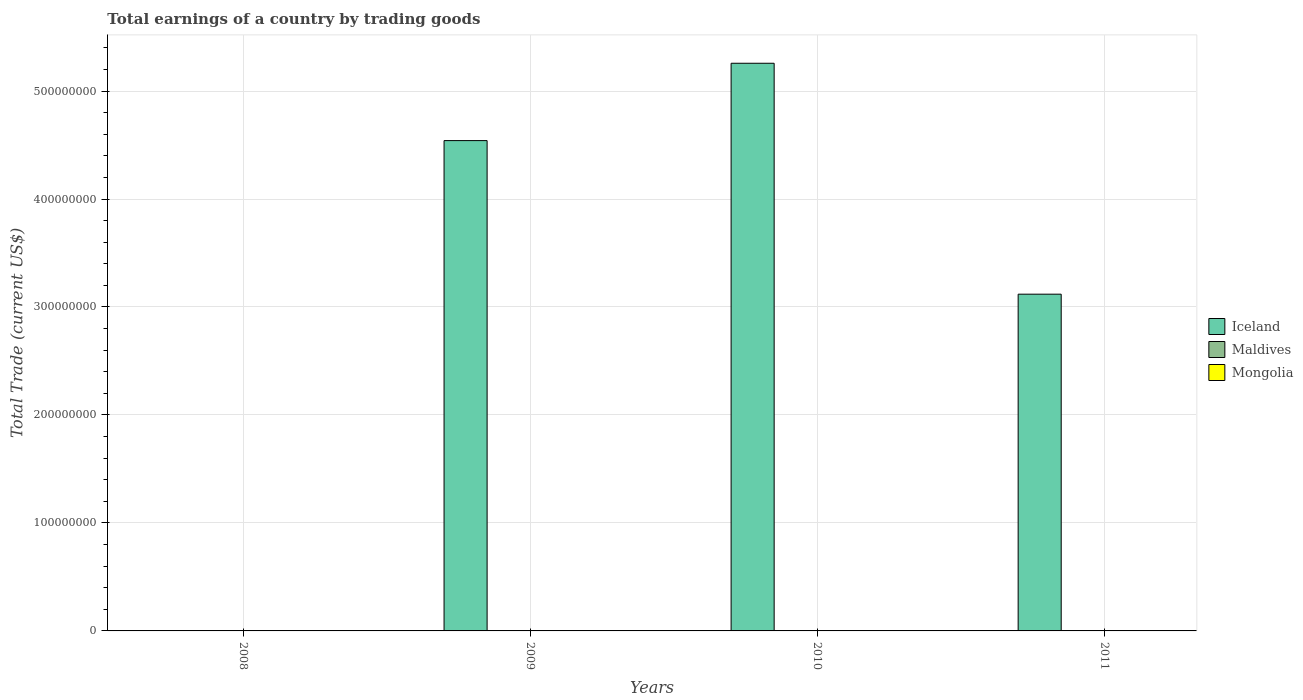
| Years | Iceland | Maldives | Mongolia |
 | --- | --- | --- | --- |
 | 2008 | -9.91e+08 | -1.32e+09 | -6.29e+08 |
 | 2009 | 4.54e+08 | -9.13e+08 | -1.78e+08 |
 | 2010 | 5.26e+08 | -1.04e+09 | -1.72e+08 |
 | 2011 | 3.12e+08 | -1.37e+09 | -9.9e+08 |